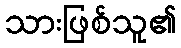
သားဖြစ်သူ၏